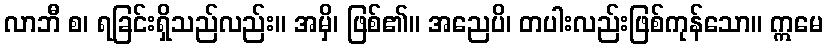
လာဘီ စ၊ ရခြင်းရှိသည်လည်း။ အမှိ၊ ဖြစ်၏။ အညေပိ၊ တပါးလည်းဖြစ်ကုန်သော။ ဣမေ